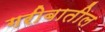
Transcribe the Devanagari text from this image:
गरीबातील